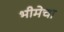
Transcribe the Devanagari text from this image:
भीमेचा